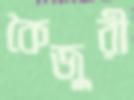
কৈজুরী